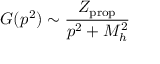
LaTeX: G ( p ^ { 2 } ) \sim { \frac { Z _ { \mathrm { p r o p } } } { p ^ { 2 } + M _ { h } ^ { 2 } } }